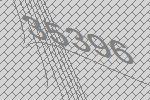
35396